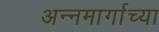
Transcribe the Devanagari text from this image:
अन्नमार्गाच्या